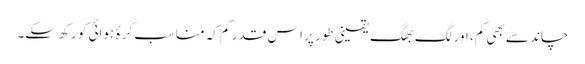
چاند سے بھی کم، اور لگ بھگ یقینی طور پر اس قدر کم کہ مناسب کرۂ ہوائی کو رکھ سکے۔